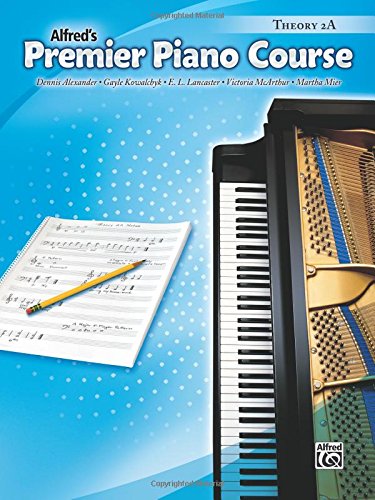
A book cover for Premier Piano Course Theory 2a (Alfred's Premier Piano Course); E. L. Lancaster; Children's Books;